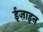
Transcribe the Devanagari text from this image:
ईज़ाइन